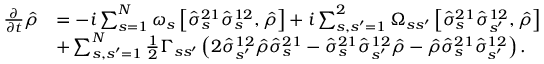
\begin{array} { r l } { \frac { \partial } { \partial t } \hat { \rho } } & { = - i \sum _ { s = 1 } ^ { N } \omega _ { s } \left[ \hat { \sigma } _ { s } ^ { 2 1 } \hat { \sigma } _ { s } ^ { 1 2 } , \hat { \rho } \right] + i \sum _ { s , s ^ { \prime } = 1 } ^ { 2 } \Omega _ { s s ^ { \prime } } \left[ \hat { \sigma } _ { s } ^ { 2 1 } \hat { \sigma } _ { s ^ { \prime } } ^ { 1 2 } , \hat { \rho } \right] } \\ & { + \sum _ { s , s ^ { \prime } = 1 } ^ { N } \frac { 1 } { 2 } \Gamma _ { s s ^ { \prime } } \left( 2 \hat { \sigma } _ { s ^ { \prime } } ^ { 1 2 } \hat { \rho } \hat { \sigma } _ { s } ^ { 2 1 } - \hat { \sigma } _ { s } ^ { 2 1 } \hat { \sigma } _ { s ^ { \prime } } ^ { 1 2 } \hat { \rho } - \hat { \rho } \hat { \sigma } _ { s } ^ { 2 1 } \hat { \sigma } _ { s ^ { \prime } } ^ { 1 2 } \right) . } \end{array}